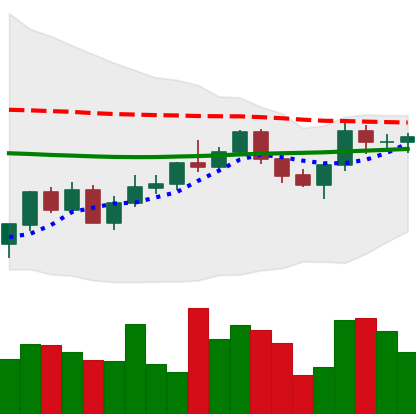
Ticker: XMR-USD
Chart end date: 2022-06-02
Forward return: -6.866%
Label: down_5_7